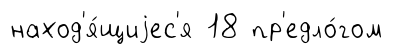
наход'я́щиjес'я 18 пр'едло́гом